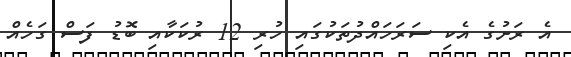
އެ ރަށުގެ އެކި ސަރަހައްދުތަކުގައި ހުރި 12 ރުކަކާއި ބޮޑު ފަސް ގަހެއް